Report of the Imperial Institute of Veterinary Research, Muktesar
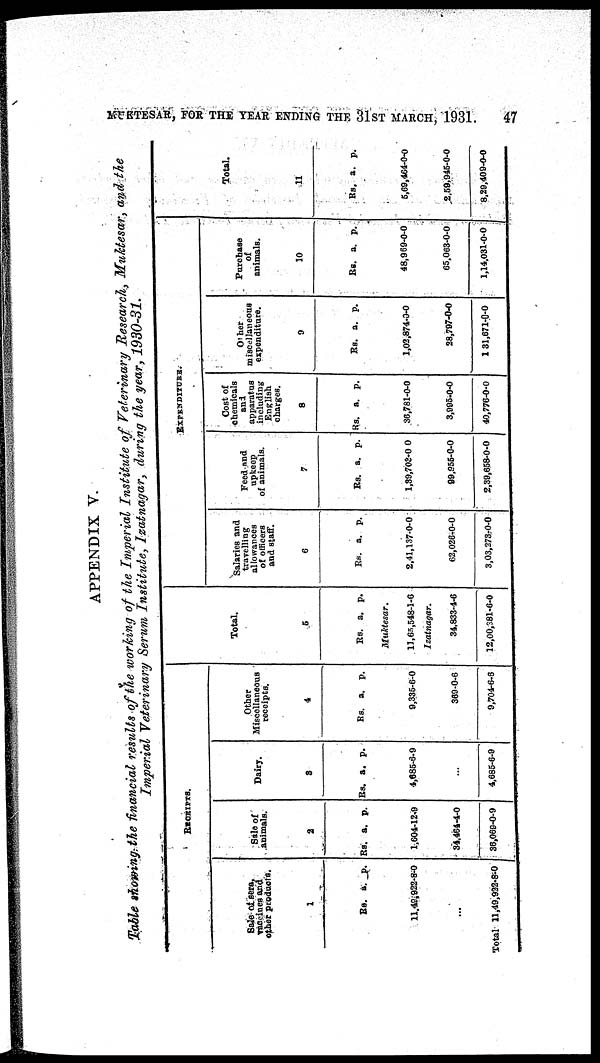
MUKTESAR, FOR THE YEAR ENDING THE 31ST MARCH, 1931.
47
APPENDIX V.
Table showing the financial results of the working of the Imperial Institute of Veterinary Research, Muktesar, and the
Imperial Veterinary Serum Institute, Izatnagar, during the year, 1930-31.
Sale of sera,
vaccines and
other products.
1
Rs.
11,49,922-
...
Total 11,49,922-
a.
8-
8-
p.
0
0
RECEIPTS.
Sale of
animals.
2
Rs.
1,604-
34,464-
36,069-
a.
12-
4-
0-
p.
9
0
9
Dairy.
3
Rs.
4,685-
...
4,685-
a.
6-
6-
p.
9
9
Other
Miscellanous
receipts.
4
Rs.
9,335-
369-
9,704-
a.
6
0-
6-
p.
-0
6
6
Total.
5
Rs.
11,65,548-
Izatnagar.
34,833-
12,00,381-
a.
1-
4-
6-
p.
6
6
0
Salaries and
travelling
allowances
of officers
and staff.
6
Rs.
2,41,137-
62,026-
3,03,273-
a.
0-
0-
0-
p.
0
0
0
Feed and
upkeep
of animals.
7
Rs.
1,39,702-
99,955-
2,39,658-
a.
0-
0-
0-
p.
0
0
0
EXPENDITURE.
Cost of
chemicals
and
apparatus
including
English
charges.
8
Rs.
36,781-
3,995-
40,776-
a.
0-
0-
0-
p.
0
0
0
Other
miscellaneous
expenditure.
9
Rs.
1,02,874-
28,797-
131,671-
a.
0-
0-
0-
p.
0
0
0
Purchase
of
animals.
10
Rs.
48,969-
65,063-
1,14,031-
a.
0-
0-
0-
p.
0
0
0
Total.
11
Rs.
5,69,464-
2,59,945-
8,29,409-
a.
0
0
0
p.
-0
-0
-0